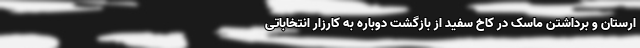
ارستان و برداشتن ماسک در کاخ سفید از بازگشت دوباره به کارزار انتخاباتی